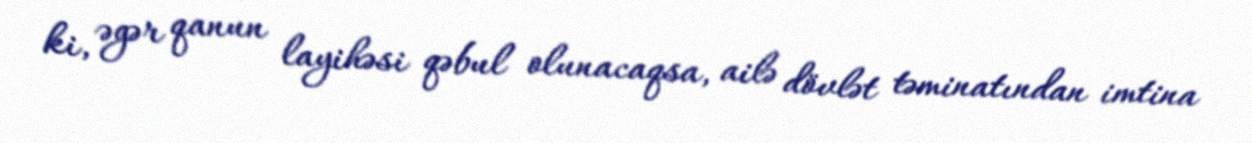
ki, əgər qanun layihəsi qəbul olunacaqsa, ailə dövlət təminatından imtina